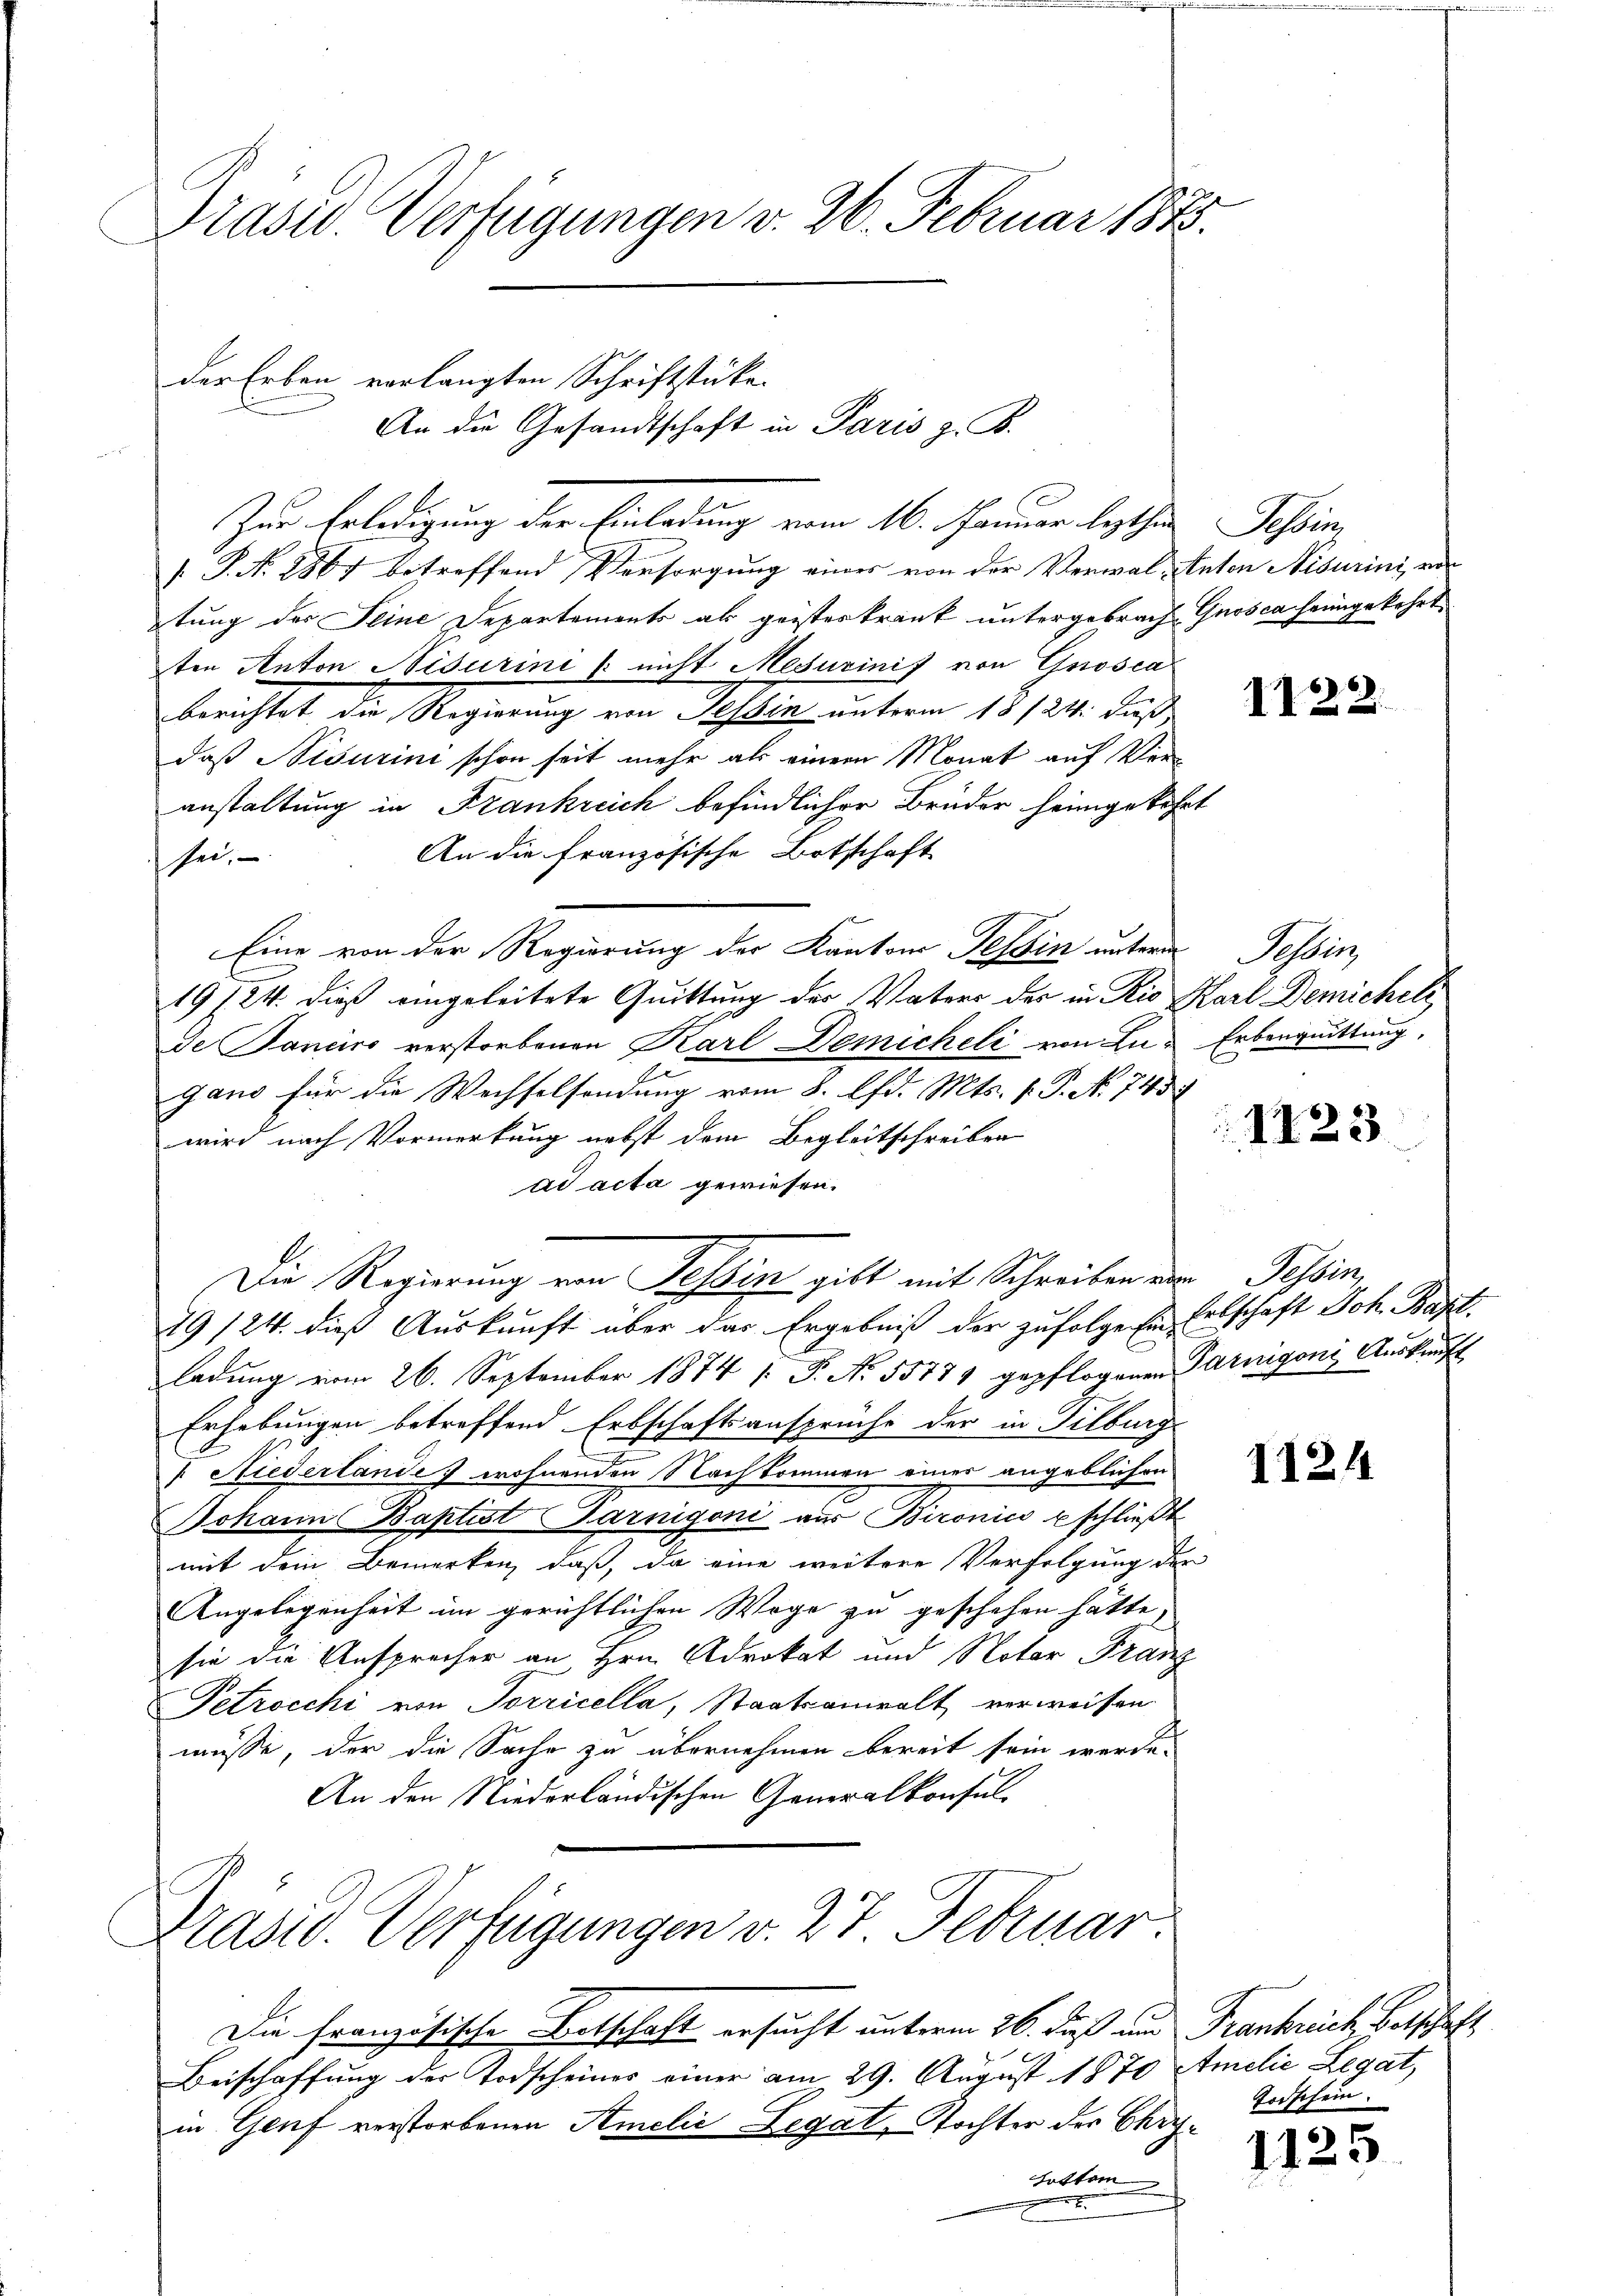
Prasio. Verfügungen v. 26. Februar 1873.

der Erben vorlangten Schriftstücke.
Zu Erledigung der Einladung vom 16. Januar beschen
 P. Nr. 2867 betreffend Vorsorgung eines von der Verwal-
tung des Seine Departements als geisteskrank untergebrach-
ten Anton Nisurini (nicht Mesurinif von Grosca
berichtet die Regierung von Tessin unterm 18/24. dieß
daß Nisurini schon seit mehr als einem Monat auf Veranstaltung in Frankreich befindlicher Brüder heimgekehr¬
An die französische Botschaft
sei.
Eine von der Regierung der Kantons Tessin unterm
19724. dieß eingeleitete Quittung der Vaters der in Rio Karl Demichel,
de Banciro verstorbenen Karl Demicheli von Lugano für die Wechselsendung vom 8. lfd. Mts. v. P. N. 743
wird nach Vormerkung nebst dem Begleitschreiben
ad acta gewiesen.
Die Regierung von Tessin gibt mit Schreiben der Tessin,
79/24. dieß Auskunft über das Ergebniß der zufolge Ein Erbschaft Joh. Bapt.
ladung vom 26. September 1874 /: P. Nr. 55774 gepflogenen Parigoni Auskunft
Erhebungen betreffend Erbschaftsansprüche der in Silburg
 Niederlande wohnenden Nachkommen einer angeblichen
Johann Baptist Garnigoni aus Bironico uschlieβt
mit dem Bemerken, daß, da eine weitere Verfolgung der
Angelegenheit im gerichtlichen Wege zu geschehen hätte,
sie die Ansprecher an Hrn. Advokat und Notar Franz
Petrocchi von Torricella, Staatsanwalt verweisen.
müsse, der die Sache zu übernehmen bereit sein werde.
An den Niederländischen Generalkonsul-
Präsid. Verfügungen v. 27 Februar
Die französische Botschaft ersucht unterm 26. daß und Frankreich Betschaft
Beischaffung der Todscheines einer am 29. August 1870 Stmelie Legat,
in Genf verstorbenen Amelić Legal, Tochter der Chrihotten
.

An die Gesandtschaft in Paris z. B.

Tessin,
Enton Nidurini, er
Gnosca heimgekehrt.

1122

Sahlig
Erbenquittung.

1223

1124

Todschein.

1125